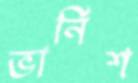
ভার্নিশ